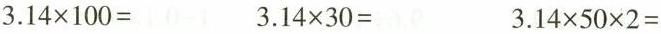
$$3.14 \times 100=$$ $$3.14 \times 30=$$ $$3.14 \times 50 \times 2=$$